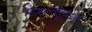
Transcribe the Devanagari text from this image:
शरत्पूर्णिम